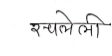
मजकूर: रचलेली